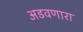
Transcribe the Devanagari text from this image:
अडवणारा